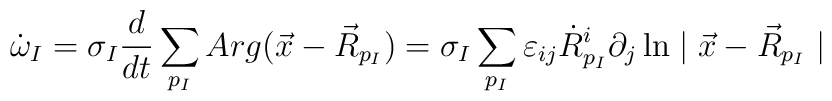
\dot{\omega}_{I}=    \sigma_{I}\frac{d}{dt}\sum_{p_{I}}Arg(\vec{x}-\vec{R}_{p_{I}})=    \sigma_{I}\sum_{p_{I}}\varepsilon_{ij}\dot{R}^{i}_{p_{I}}                      \partial_{j}\ln\mid\vec{x}-\vec{R}_{p_{I}}\mid  \;\;